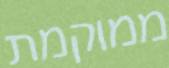
ממוקמת